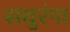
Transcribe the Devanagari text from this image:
सथुरंगा